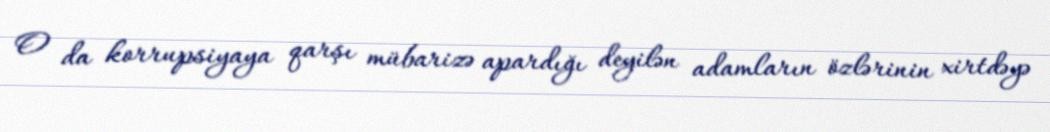
O da korrupsiyaya qarşı mübarizə apardığı deyilən adamların özlərinin xirtdəyə